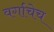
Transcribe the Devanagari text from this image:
वर्गाचेच